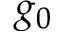
g _ { 0 }